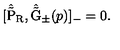
[ \hat { \tilde { \mathrm { P } } } _ { \mathrm { R } } , \hat { \tilde { \mathrm { G } } } _ { \pm } ( p ) ] _ { - } = 0 .